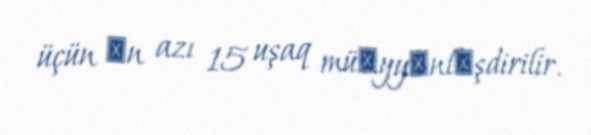
üçün әn azı 15 uşaq müәyyәnlәşdirilir.